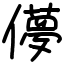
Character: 儚